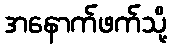
အနောက်ဖက်သို့